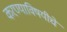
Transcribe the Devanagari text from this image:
करण्याविषयीचे